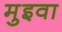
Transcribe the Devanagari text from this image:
मुइवा